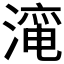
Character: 𱨜